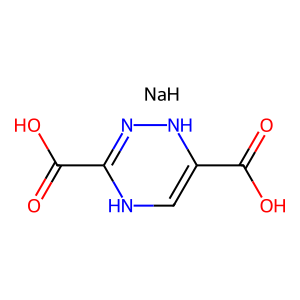
SMILES: O=C(O)C1=CNC(C(=O)O)=NN1.[NaH]
Inhibits HIV replication: No